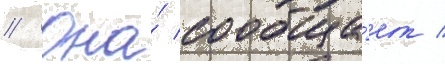
// Она́ сообща́ет /